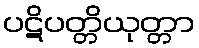
ပဋိပတ္တိယုတ္တာ